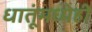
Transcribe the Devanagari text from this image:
धातूंमध्येही